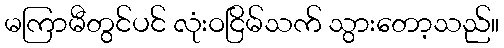
မကြာမီတွင်ပင် လုံးဝငြိမ်သက် သွားတော့သည်။